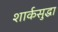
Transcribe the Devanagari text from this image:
शार्कसुद्धा